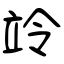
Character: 竛